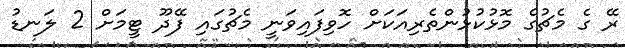
ރޭ ގެ މެޗުގެ މޮޅުކުޅުންތެރިއަކަށް ހޮވިފައިވަނީ މެޗުގައި ފޭދޫ ޓީމަށް 2 ލަނޑު